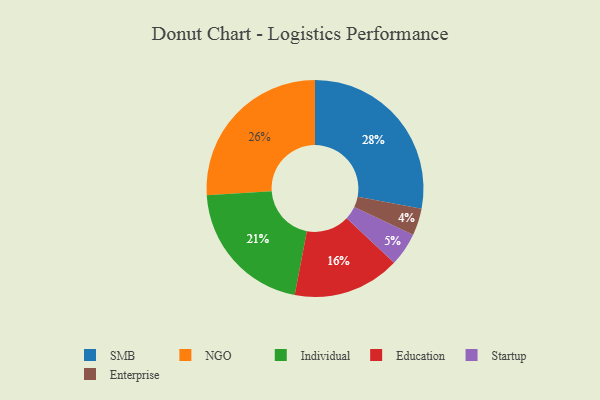
{"axis": {"x": "Category", "y": "Percentage"}, "legend": ["Education", "Enterprise", "Individual", "NGO", "SMB", "Startup"], "data": [{"x": "Enterprise", "y": 4, "type": "Enterprise"}, {"x": "Startup", "y": 5, "type": "Startup"}, {"x": "Individual", "y": 21, "type": "Individual"}, {"x": "Education", "y": 16, "type": "Education"}, {"x": "NGO", "y": 26, "type": "NGO"}, {"x": "SMB", "y": 28, "type": "SMB"}]}